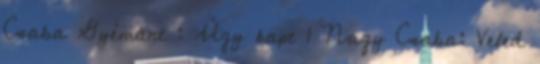
Csaba Gyémánt : Úgy kapt 1 Nagy Csaba: Veled